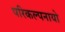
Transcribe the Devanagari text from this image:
परिकल्पनायो